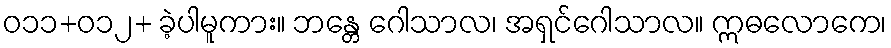
ဝ၁၁+ဝ၁၂+ ခဲ့ပါမူကား။ ဘန္တေ ဂေါသာလ၊ အရှင်ဂေါသာလ။ ဣဓလောကေ၊